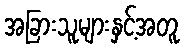
အခြားသူများနှင့်အတူ